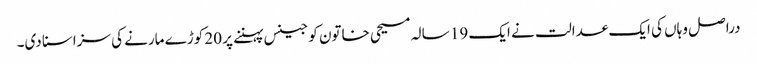
دراصل وہاں کی ایک عدالت نے ایک 19 سالہ مسیحی خاتون کو جینس پہننے پر 20 کوڑے مارنے کی سزاسنا دی۔